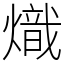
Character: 熾